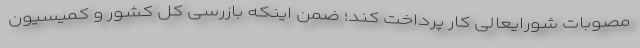
مصوبات شورایعالی کار پرداخت کند؛ ضمن اینکه بازرسی کل کشور و کمیسیون